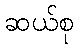
ဆယ်စု